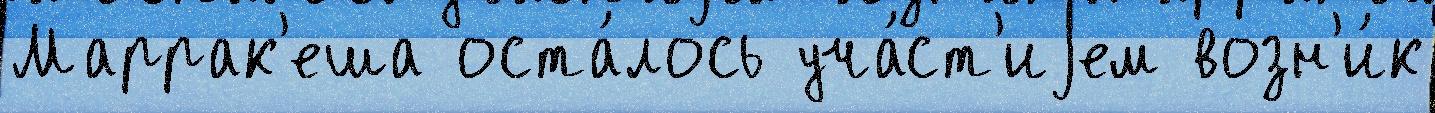
Маррак'еша оста́лось уча́ст'иjем возн'и́к